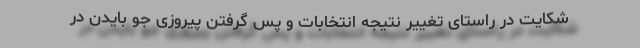
شکایت در راستای تغییر نتیجه انتخابات و پس گرفتن پیروزی جو بایدن در